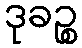
ဒုခဉ္စ